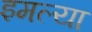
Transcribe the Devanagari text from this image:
इमल्या